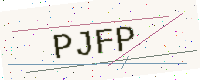
Text: PJFP